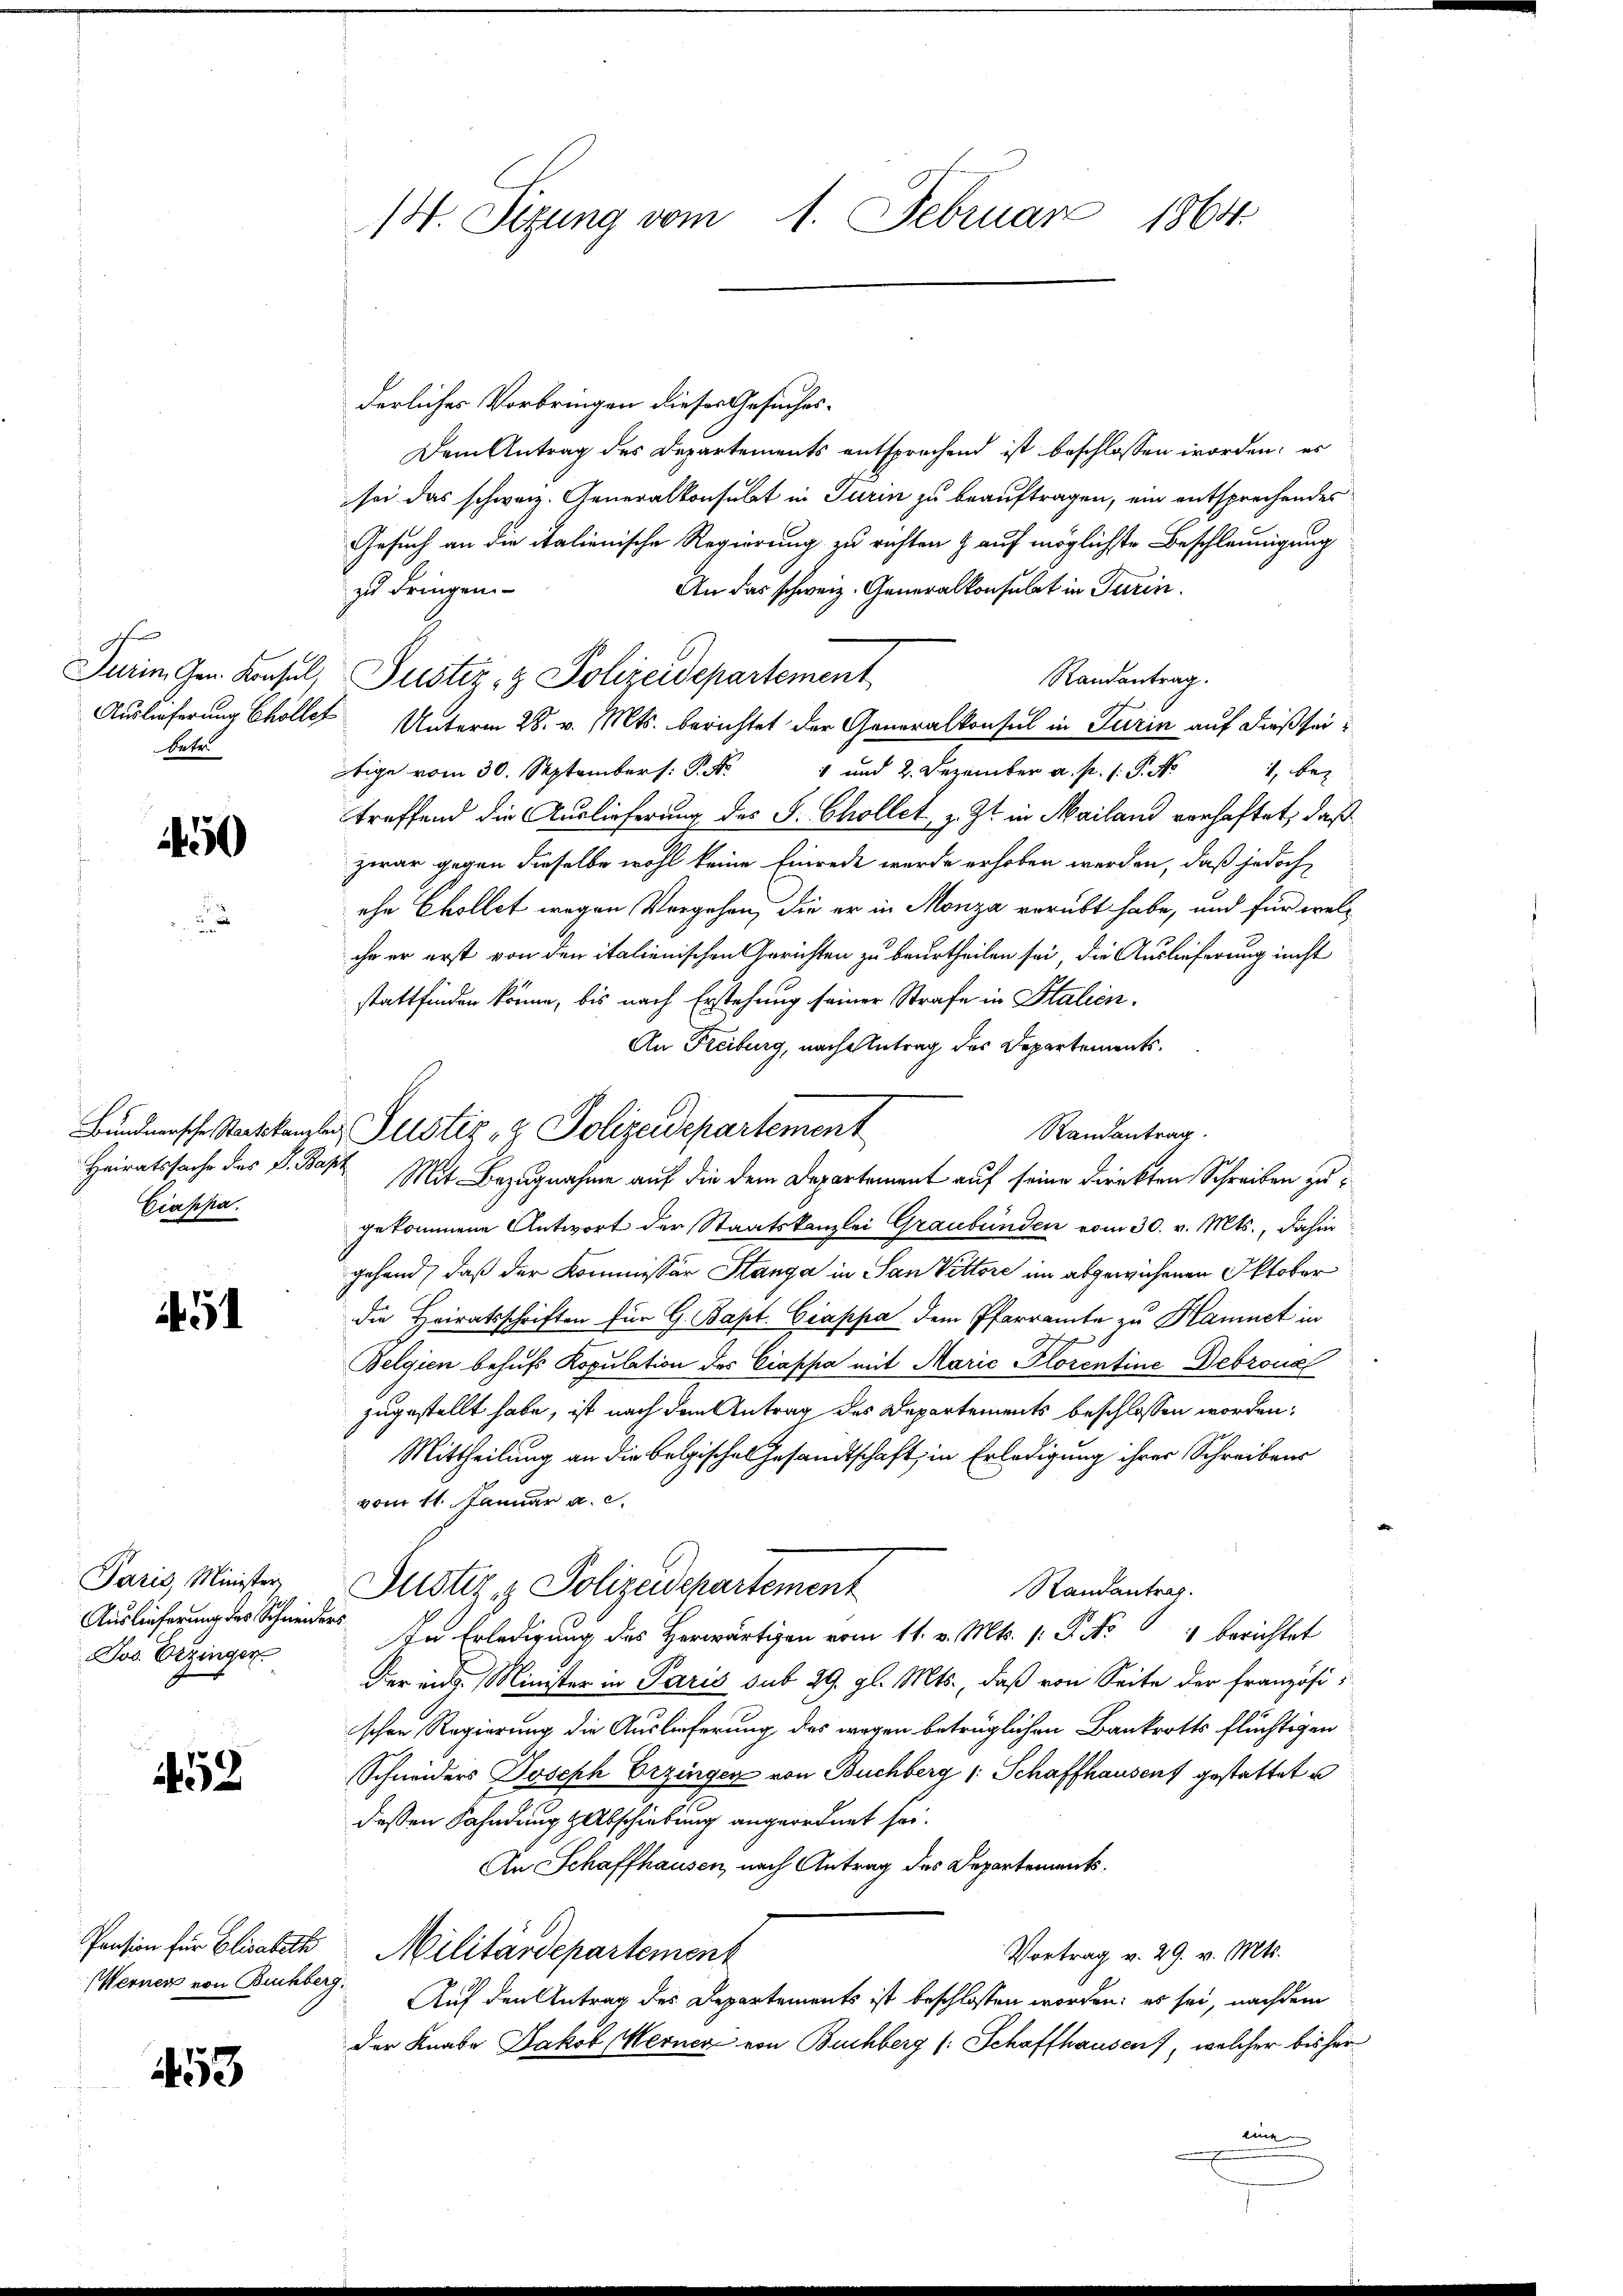
A
betr.

1450

Ciappa.

451

Auslieferung des Schneiders
Jos. Erzinger

52

Werner von Buchberg.

453

14. Sizung vom 1. Februar 1864.

derliches Vorbringen dieses Gesuches¬
Dem Antrag des Departements entsprochend ist beschlossen worden, es
sei das schweiz. Generalkonsubt in Turin zu beauftragen, ein entsprechendes
Gesuch an die italienische Regierung zu richten & auf möglichste Beschleunigung
An das schweiz. Generalkonsulat in Turin.
zu dringen
Randantrag.
Auslieferung Chöller Unterm 28. v. Mts. berichtet der Generalkonsul in Turin auf dießseio. Septe und 2. Dezember a. p. 1. P. Nr. 1, bez
treffend die Auslieferung des S. Chollet, z. Zt. in Mailand vorhaftet, daß
zwar gegen dieselbe wohl keine Einrede wurde erhoben werden, daß jedoch
ohe Chollet wegen Vorgehen, die er in Monza verübt habe, und für welihr er erst von den italienischen Gerichten zu beurtheilen sei, die Auslieferung nicht
stattfinden könne, bis nach Erstehung seiner Strafe in Stalien.
An Freiburg, nach Antrag des Departements¬
Randantrag.
Heiratssache des L. Bapt. Mit Bezugnahme auf die dem Departement auf seine Direkten Schreiben zugekommene Antwort der Staatskanzlei Graubünden vom 30. v. Mts., dahin
gehend, daß der Kommissär Stanga in San Vittore im abgewiesenen Oktober
die Heiratsschriften für G. Bapt. Giappa dem Pfarramte zu Hamnet in
Belgien behufs Kopulation des Ciapha mit Marić Florentine Debrona
zugestellt habe, ist nach dem Antrag des Departements beschlossen worden:
Mittheilung an die Belgisches Gesandtschaft, in Erledigung ihrer Schreibens
vom 11. Januar a. c.
Paris Minister Justiz & Polizeidepartement
Randantrag.
In Erledigung des Herwärtigen vom 11. v. Mts. 1. P. No 4 berichtet
Der ins Minister in Paris sub 29. gl. Mts., daß von Seite der Französischen Regierung die Auslieferung des wegen beträglichen Bankrotts flüchtigen
Schneiders Joseph Erzinger von Buchberg (: Schaffhausens gestattet u
deßen Fahndung Abschiebung angeordnet sei.
An Schaffhausen, nach Antrag des Departements.
Pension für Elisabeth Militärdepartement
Vortrag v. 29. v. Mts.
Auf den Antrag des Departements ist beschlossen worden; es sei, nachdem
der Knabe Jakob Kerner von Buchberg (Schaffhausen, welcher bisher
einen

Turin Gen. Konsul Pustiz- & Polizeidepartement

Bündnersche Staatskanzler Justiz- & Polizeidepartement